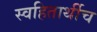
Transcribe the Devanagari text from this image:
स्वहितार्थीच